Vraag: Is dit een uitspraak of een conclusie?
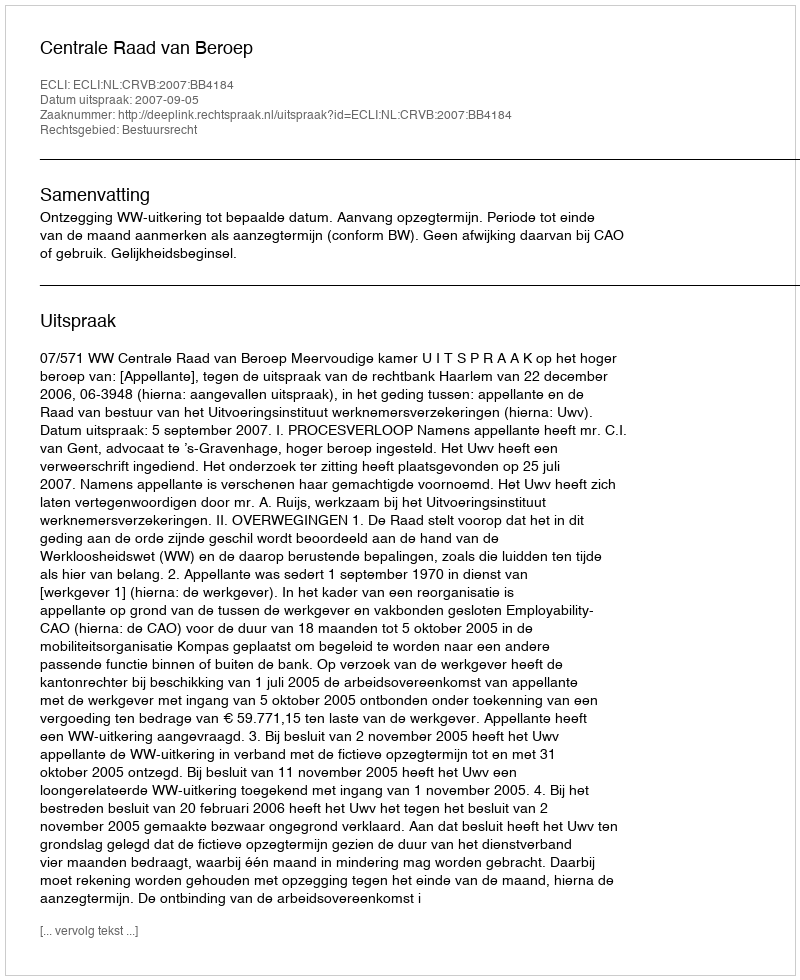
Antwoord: Uitspraak